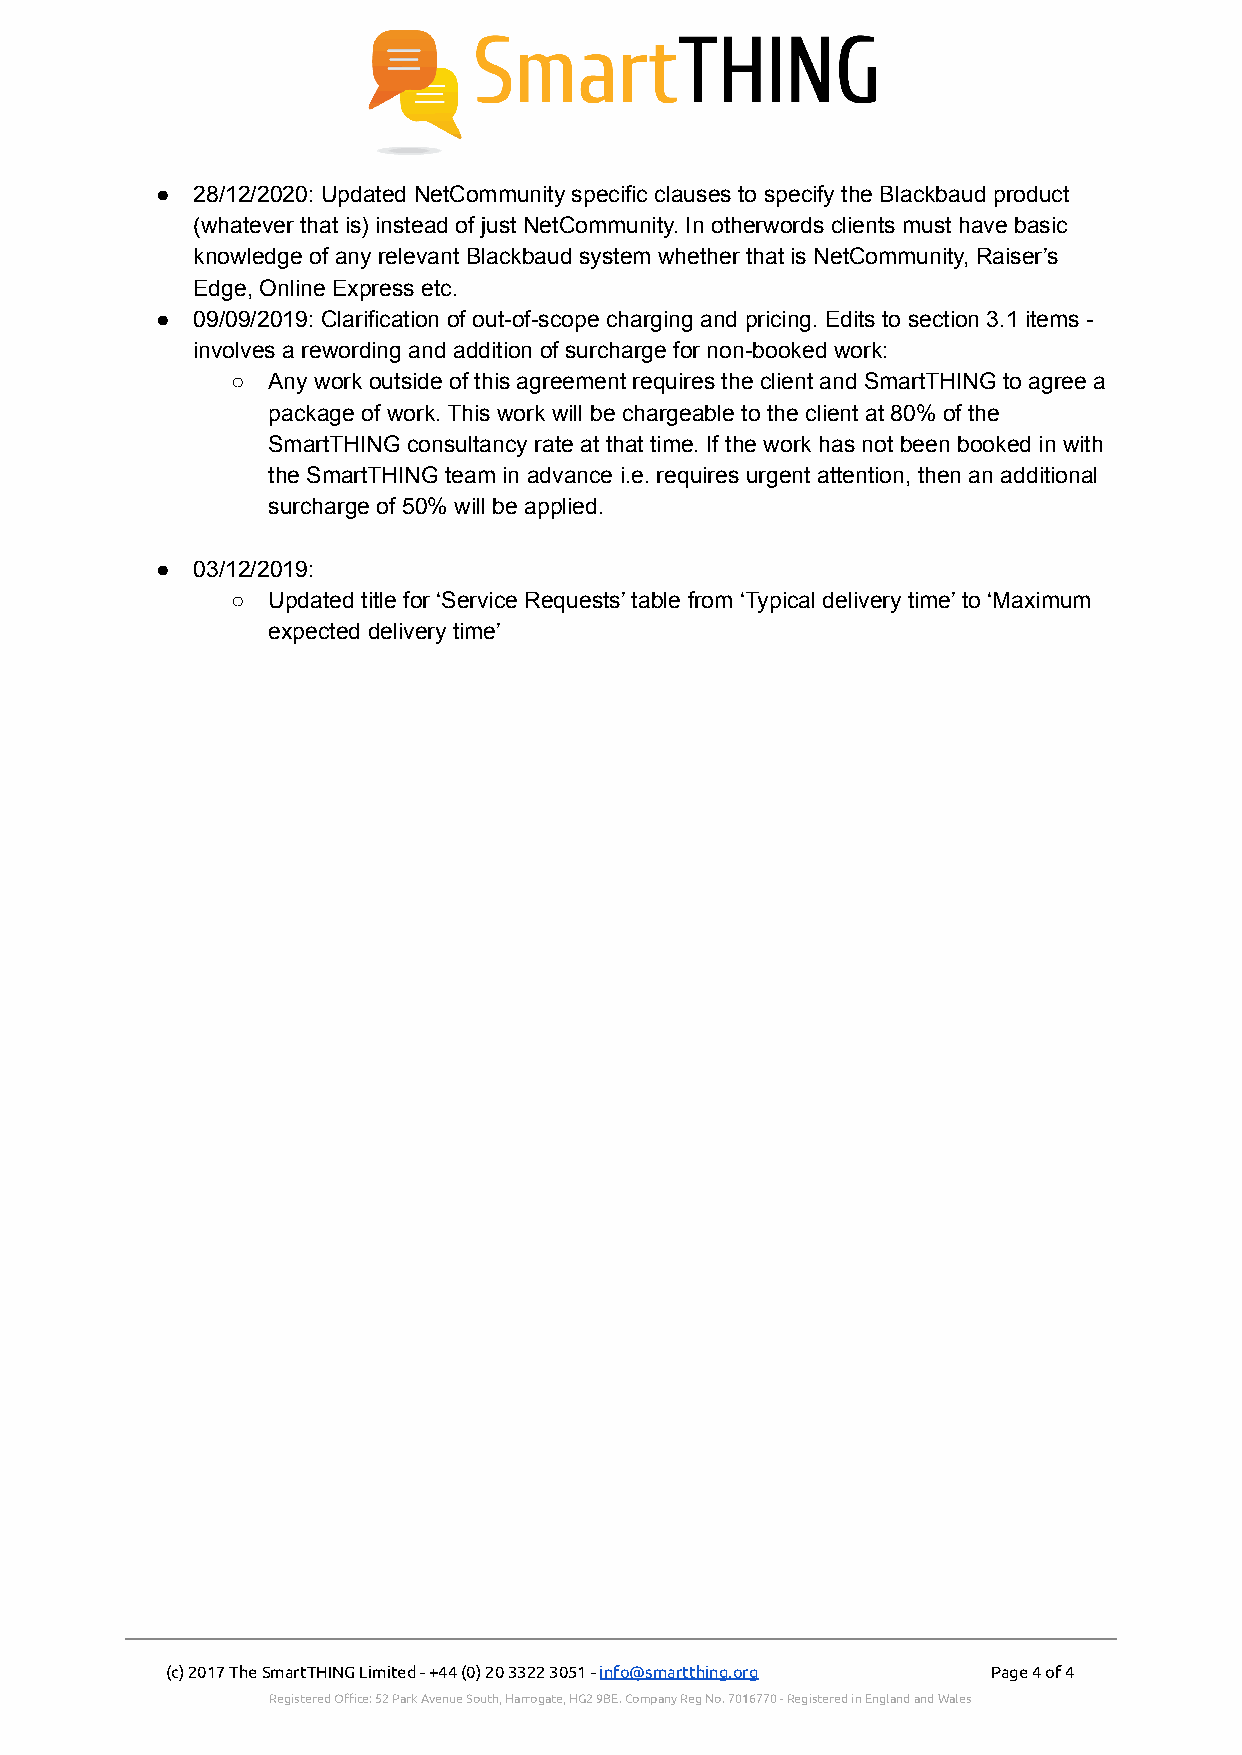
●  28/12/2020: Updated NetCommunity specific clauses to specify the Blackbaud product
 (whatever that is) instead of just NetCommunity. In otherwords clients must have basic
 knowledge of any relevant Blackbaud system whether that is NetCommunity, Raiser’s
 Edge, Online Express etc.
 ●  09/09/2019: Clarification of out-of-scope charging and pricing. Edits to section 3.1 items -
 involves a rewording and addition of surcharge for non-booked work:
 ○  Any work outside of this agreement requires the client and SmartTHING to agree a
 package of work. This work will be chargeable to the client at 80% of the
 SmartTHING consultancy rate at that time. If the work has not been booked in with
 the SmartTHING team in advance i.e. requires urgent attention, then an additional
 surcharge of 50% will be applied.
 ●  03/12/2019:
 ○  Updated title for ‘Service Requests’ table from ‘Typical delivery time’ to ‘Maximum
 expected delivery time’
 (c) 2017 The SmartTHING Limited - +44 (0) 20 3322 3051 -info@smartthing.org Page4of4
 Registered Office: 52 Park Avenue South, Harrogate, HG2 9BE. Company Reg No. 7016770 - Registered in England and Wales